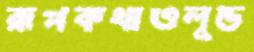
রূপকথাওলুন্ড